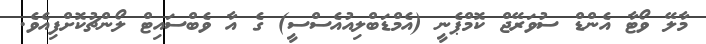
މާލޭ ވޯޓާ އެންޑް ސުވަރޭޖް ކޮމްޕެނީ (އެމްޑަބްލިއުއެސްސީ) ގެ އާ ވެބްސައިޓް ލޯންޗުކޮށްފިއެވެ.